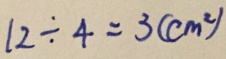
1 2 \div 4 = 3 ( c m ^ { 2 } )